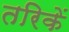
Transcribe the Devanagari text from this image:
तरिकें